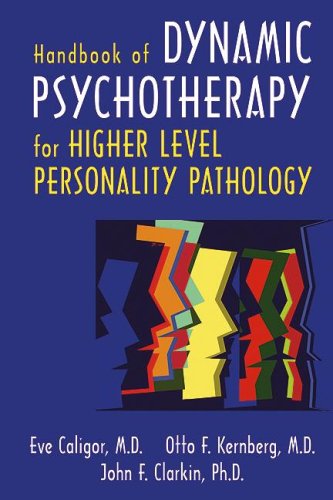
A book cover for Handbook of Dynamic Psychotherapy for Higher Level Personality Pathology; Eve Caligor; Health, Fitness & Dieting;